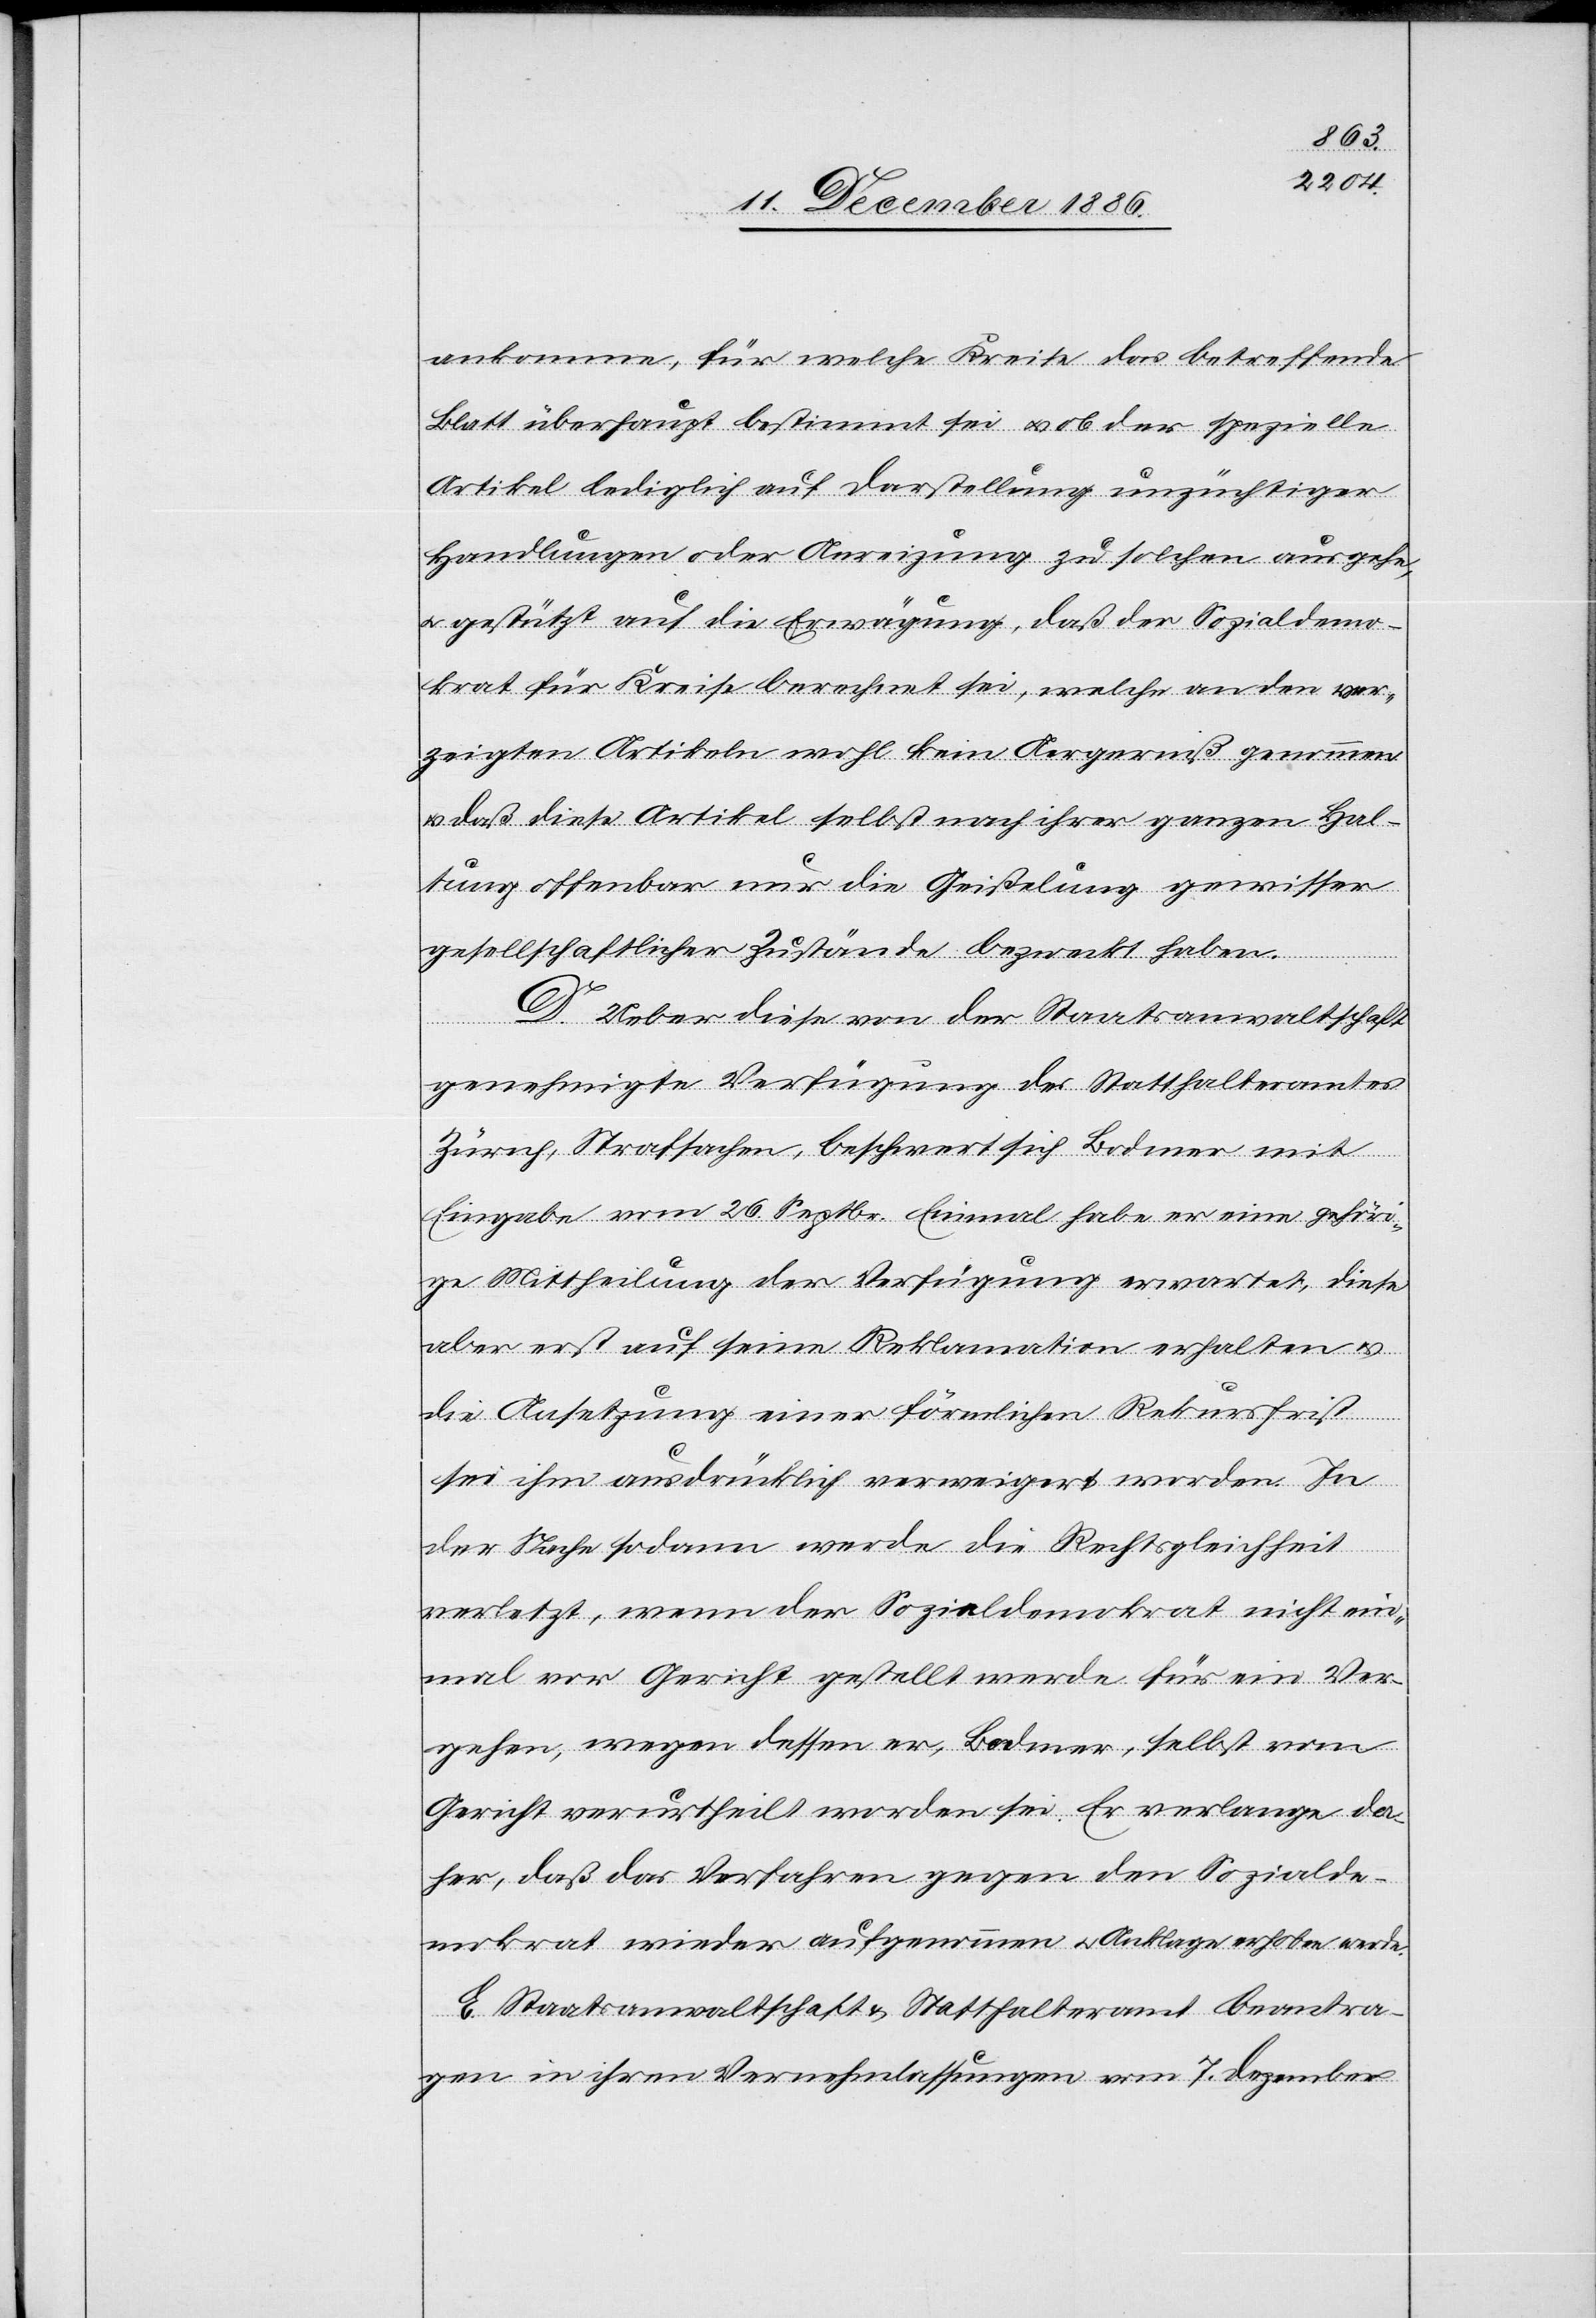
ankomme, für welche Kreise das betreffende
Blatt überhaupt bestimmt sei & ob der spezielle
Artikel lediglich auf Darstellung unzüchtiger
Handlungen oder Anreizung zu solchen ausgehe,
& gestützt auf die Erwägung, daß der Sozialdemo¬
krat für Kreise berechnet sei, welche an den ver¬
zeigten Artikeln wohl kein Aergerniß genommen
daß diese Artikel selbst nach ihrer ganzen Hal¬
tung offenbar nur die Geißelung gewisser
gesellschaftlicher Zustände bezweckt haben.
D. Ueber diese von der Staatsanwaltschaft
genehmigte Verfügung des Statthalteramtes
Zürich, Strafsachen, beschwert sich Bodmer mit
Eingabe vom 26. Septbr. Einmal habe er eine gehöri¬
ge Mittheilung der Verfügung erwartet, diese
aber erst auf seine Reklamation erhalten &
die Ansetzung einer förmlichen Rekursfrist
sei ihm ausdrücklich verweigert worden. In
der Sache sodann werde die Rechtsgleichheit
verletzt, wenn der Sozialdemokrat nicht ein¬
mal vor Gericht gestellt werde für ein Ver¬
gehen, wegen dessen er, Bodmer, selbst vom
Gericht verurtheilt worden sei. Er verlange da¬
her, daß das Verfahren gegen den Sozialde¬
mokrat wieder aufgenommen & Anklage erhoben werde.
E. Staatsanwaltschaft & Statthalteramt beantra¬
gen in ihren Vernehmlassungen vom 7. Dezember